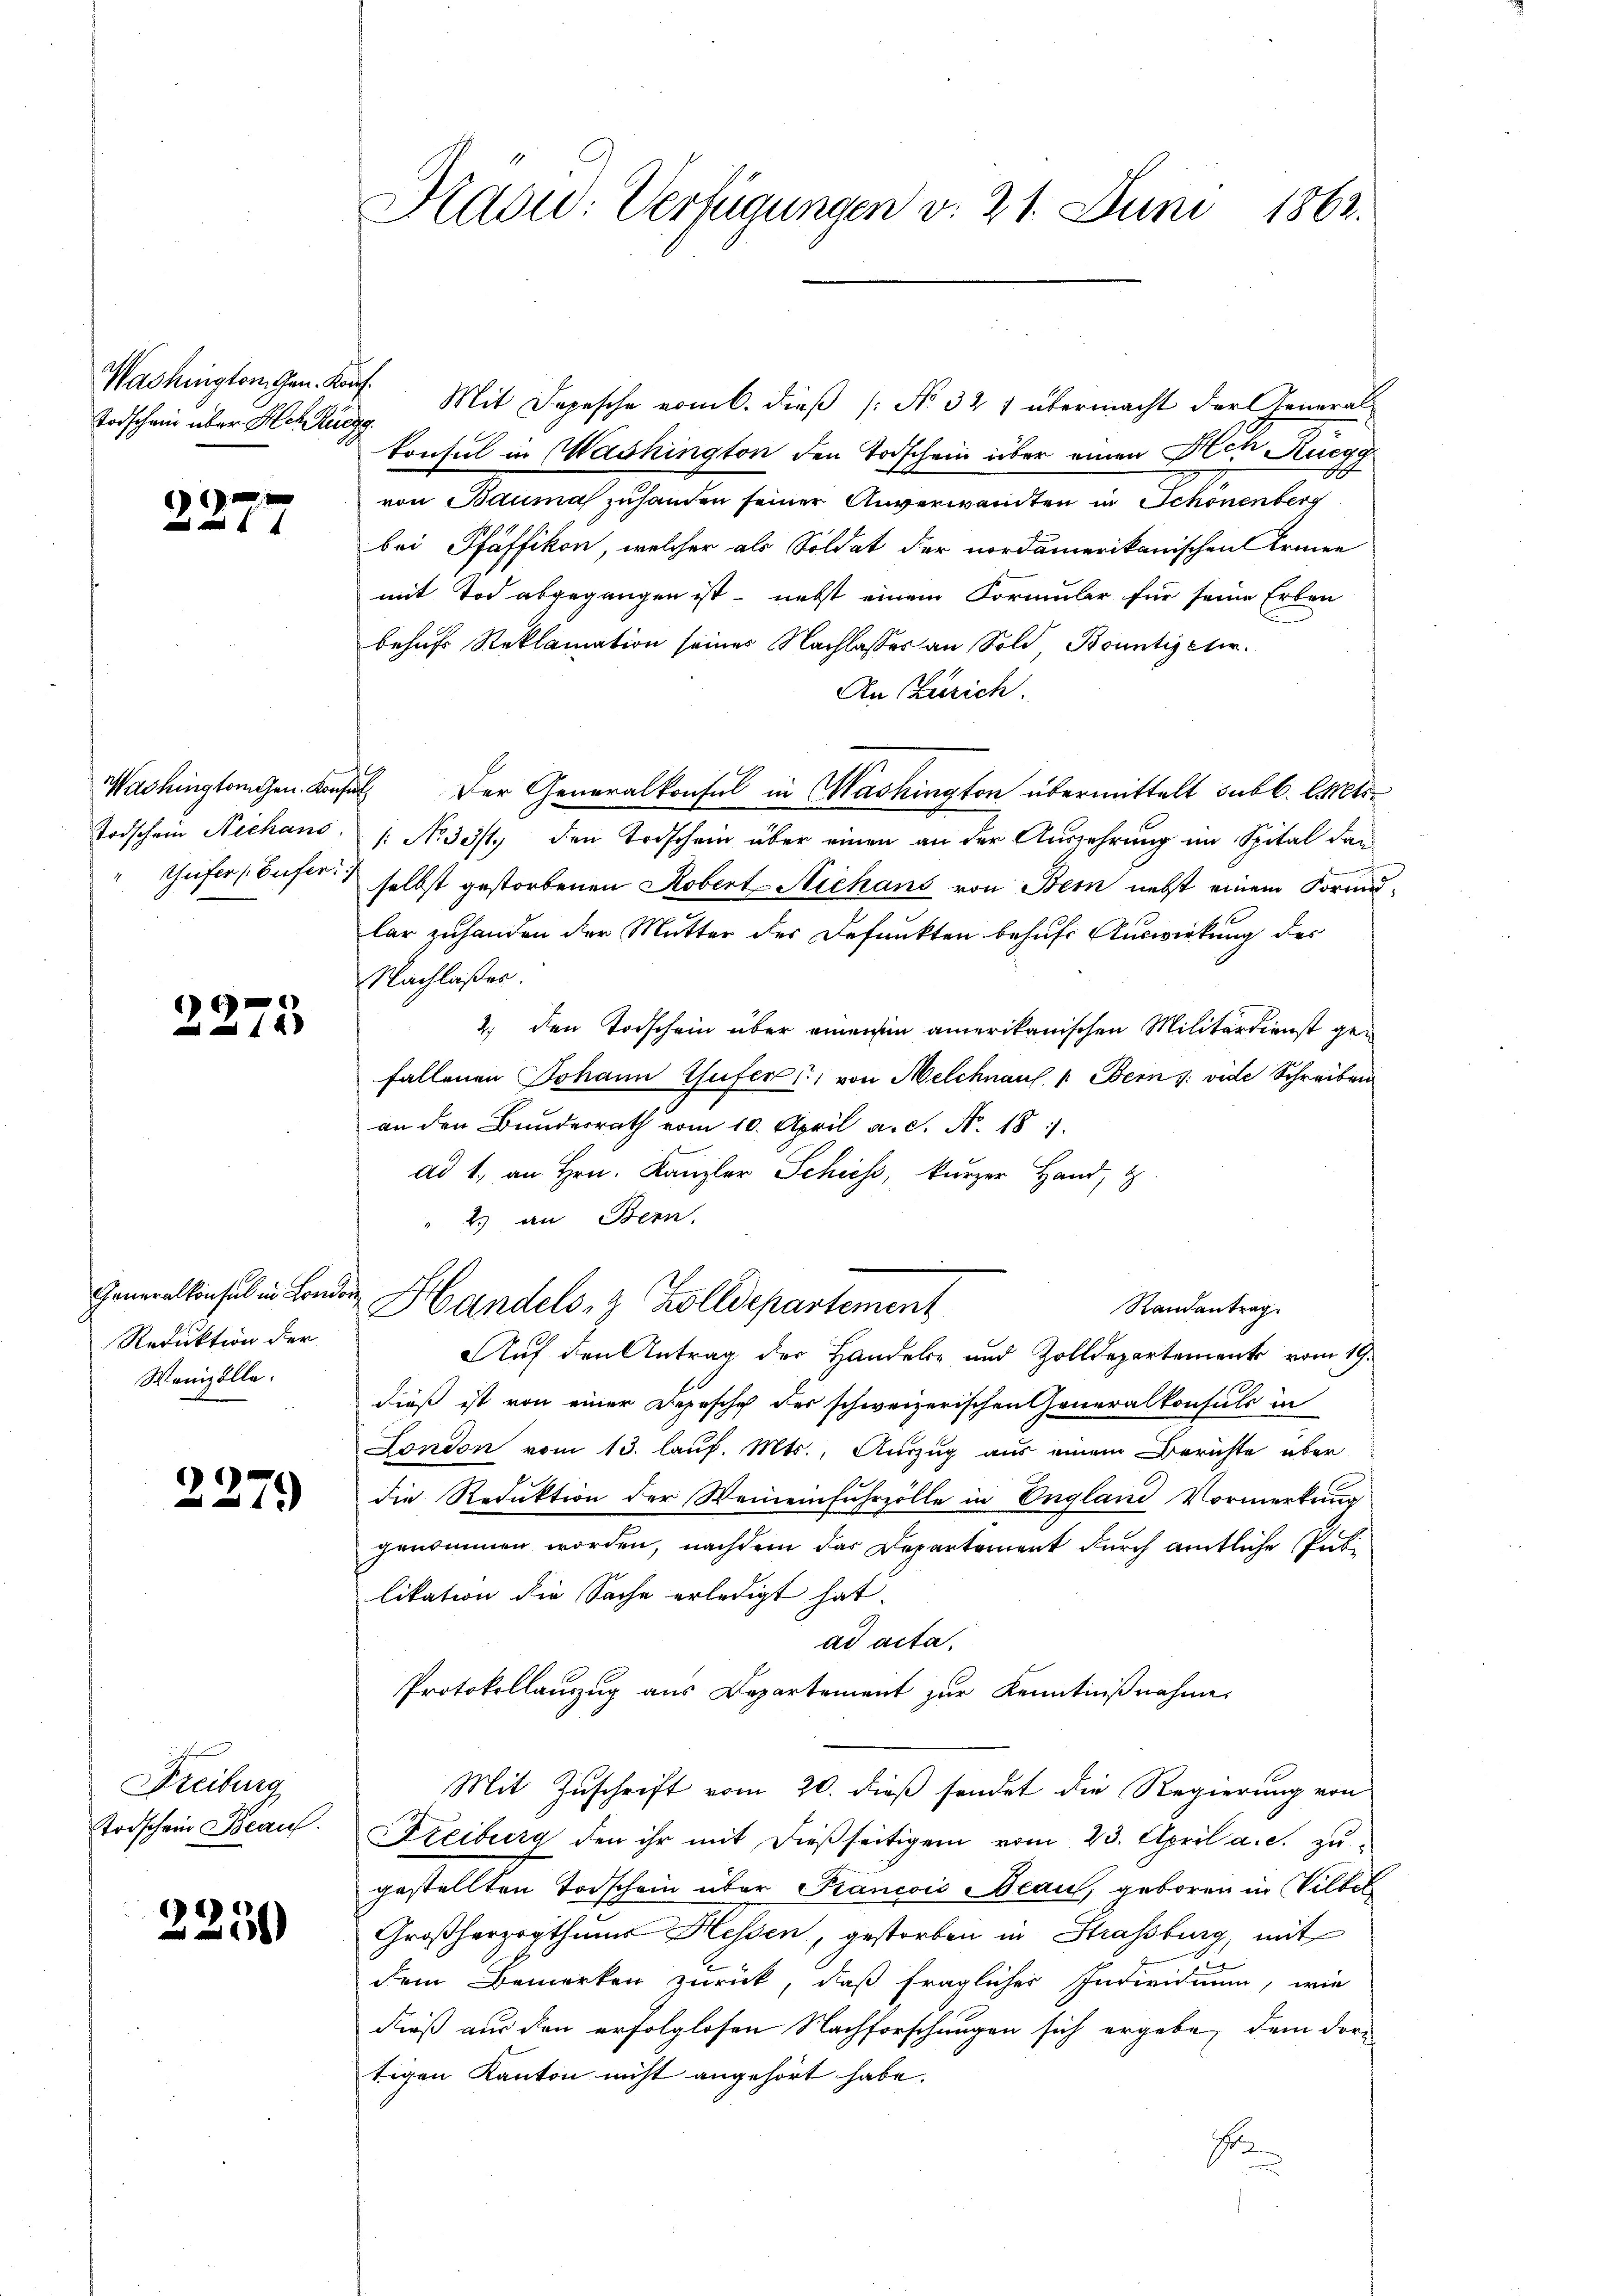
Washington Gen. Konf
Todschaid über Hch. Ruegg

.
a

Todschein Nechans.
Teifer (Eufer

x

Generalkonsul in London
Reduktion der
Wenzolle.

2279

Freiburg
Todschein Beauf

2250

Kradid: Verfügungen v. 21. Juni 1862.

Mit Depesche vom 6. dieß (: No 321 übermacht der General-
konsul in Washington den Todschein über einen Ach Rüegg
s
von Bauma zu handen seiner Anverwandten in Schönenberg
bei Pfäffikon, welcher als Soldat der nordamerikanischen Armen
mit Tod abgegangen ist - nebst einem Formular für seine Erben
behufs Reklamation seines Nachlasses an Sold, Bountigeter.
An Zürich.
Washingangen. Konsul der Generalkonsul in Washington übermittelt subl. Cet
: No 33/1. den Todschein über einen an der Auszehrung im Spital dan
selbst gestorbenen Robert Niehans von Bern nebst einem Form-
lar zuhanden der Mutter der Befunkten behufs Auswirkung des
Nachlaßes.
2. den Todschein über einenen amerikanischen Militärdienst gefallenen Johann Ghüfer, von Melchnauf 1. Bern u. vide Schreiben
an den Bunderrath vom 10. April a. S. N. 187.
ad 1., an Hrn. Kanzler Schiess, kurzer Hand,
" 2 an Bern,
Handels- & Zolldepartement
Randantrag
Auf den Antrag der Handele und Zolldepartement vom 19.
dieß ist von einer Depesche der schweizerischen Generalkonsuls in
London vom 13. lauf. Mts., Auszug aus einem Berichte über
die Reduktion der Weineinfuhrzölle in England Vormerkung
genommen worden, nachdem das Departement durch amtliche Publikation die Sache erledigt hat.
ad acta,
Protokollauszug aus Departement zur Kenntnißnahme,
Mit Zuschrift vom 20. dieß sendet die Regierung von
Freiburg den ihr mit dießseitigen vom 23. April a. c. zu
gestellten Todschein über Francois Beau, geboren in Wilhel
Großherzogthums Hessen, gestorben in Strassburg, mit
E
dem Bemerken zurück, daß fraglicher Individuum, wie
dieß aus den erfolglosen Nachforschungen sich ergebe, dem dortigen Kanton nicht angehört habe.
E